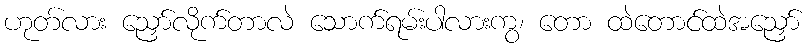
ဟုတ်လား ညှော်လိုက်တာလဲ သောက်ရမ်းပါလားကွ၊ တော ထဲတောင်ထဲအညှော်